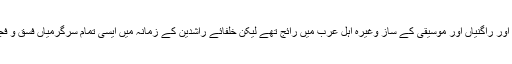
ظہور اسلام سے قبل گیت، راگ اور راگنیاں اور موسیقی کے ساز وغیرہ اہل عرب میں رائج تھے لیکن خلفائے راشدین کے زمانہ میں ایسی تمام سرگرمیاں فسق و فجور کے ذیل میں شمار کی گئیں۔